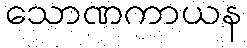
သောဏကာယန